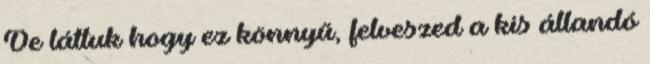
De láttuk hogy ez könnyű, felveszed a kis állandó